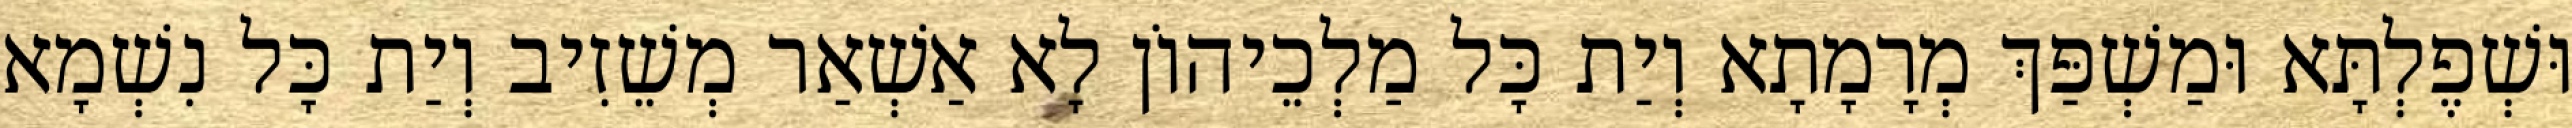
וּשְׁפֶלְתָּא וּמַשְׁפַּךְ מְרָמָתָא וְיַת כָּל מַלְכֵיהוֹן לָא אַשְׁאַר מְשֵׁזִיב וְיַת כָּל נִשְׁמָא